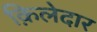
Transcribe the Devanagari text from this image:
क़िलेदार